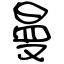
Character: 曼